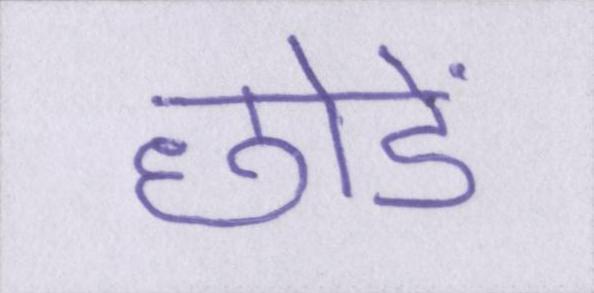
छोडें